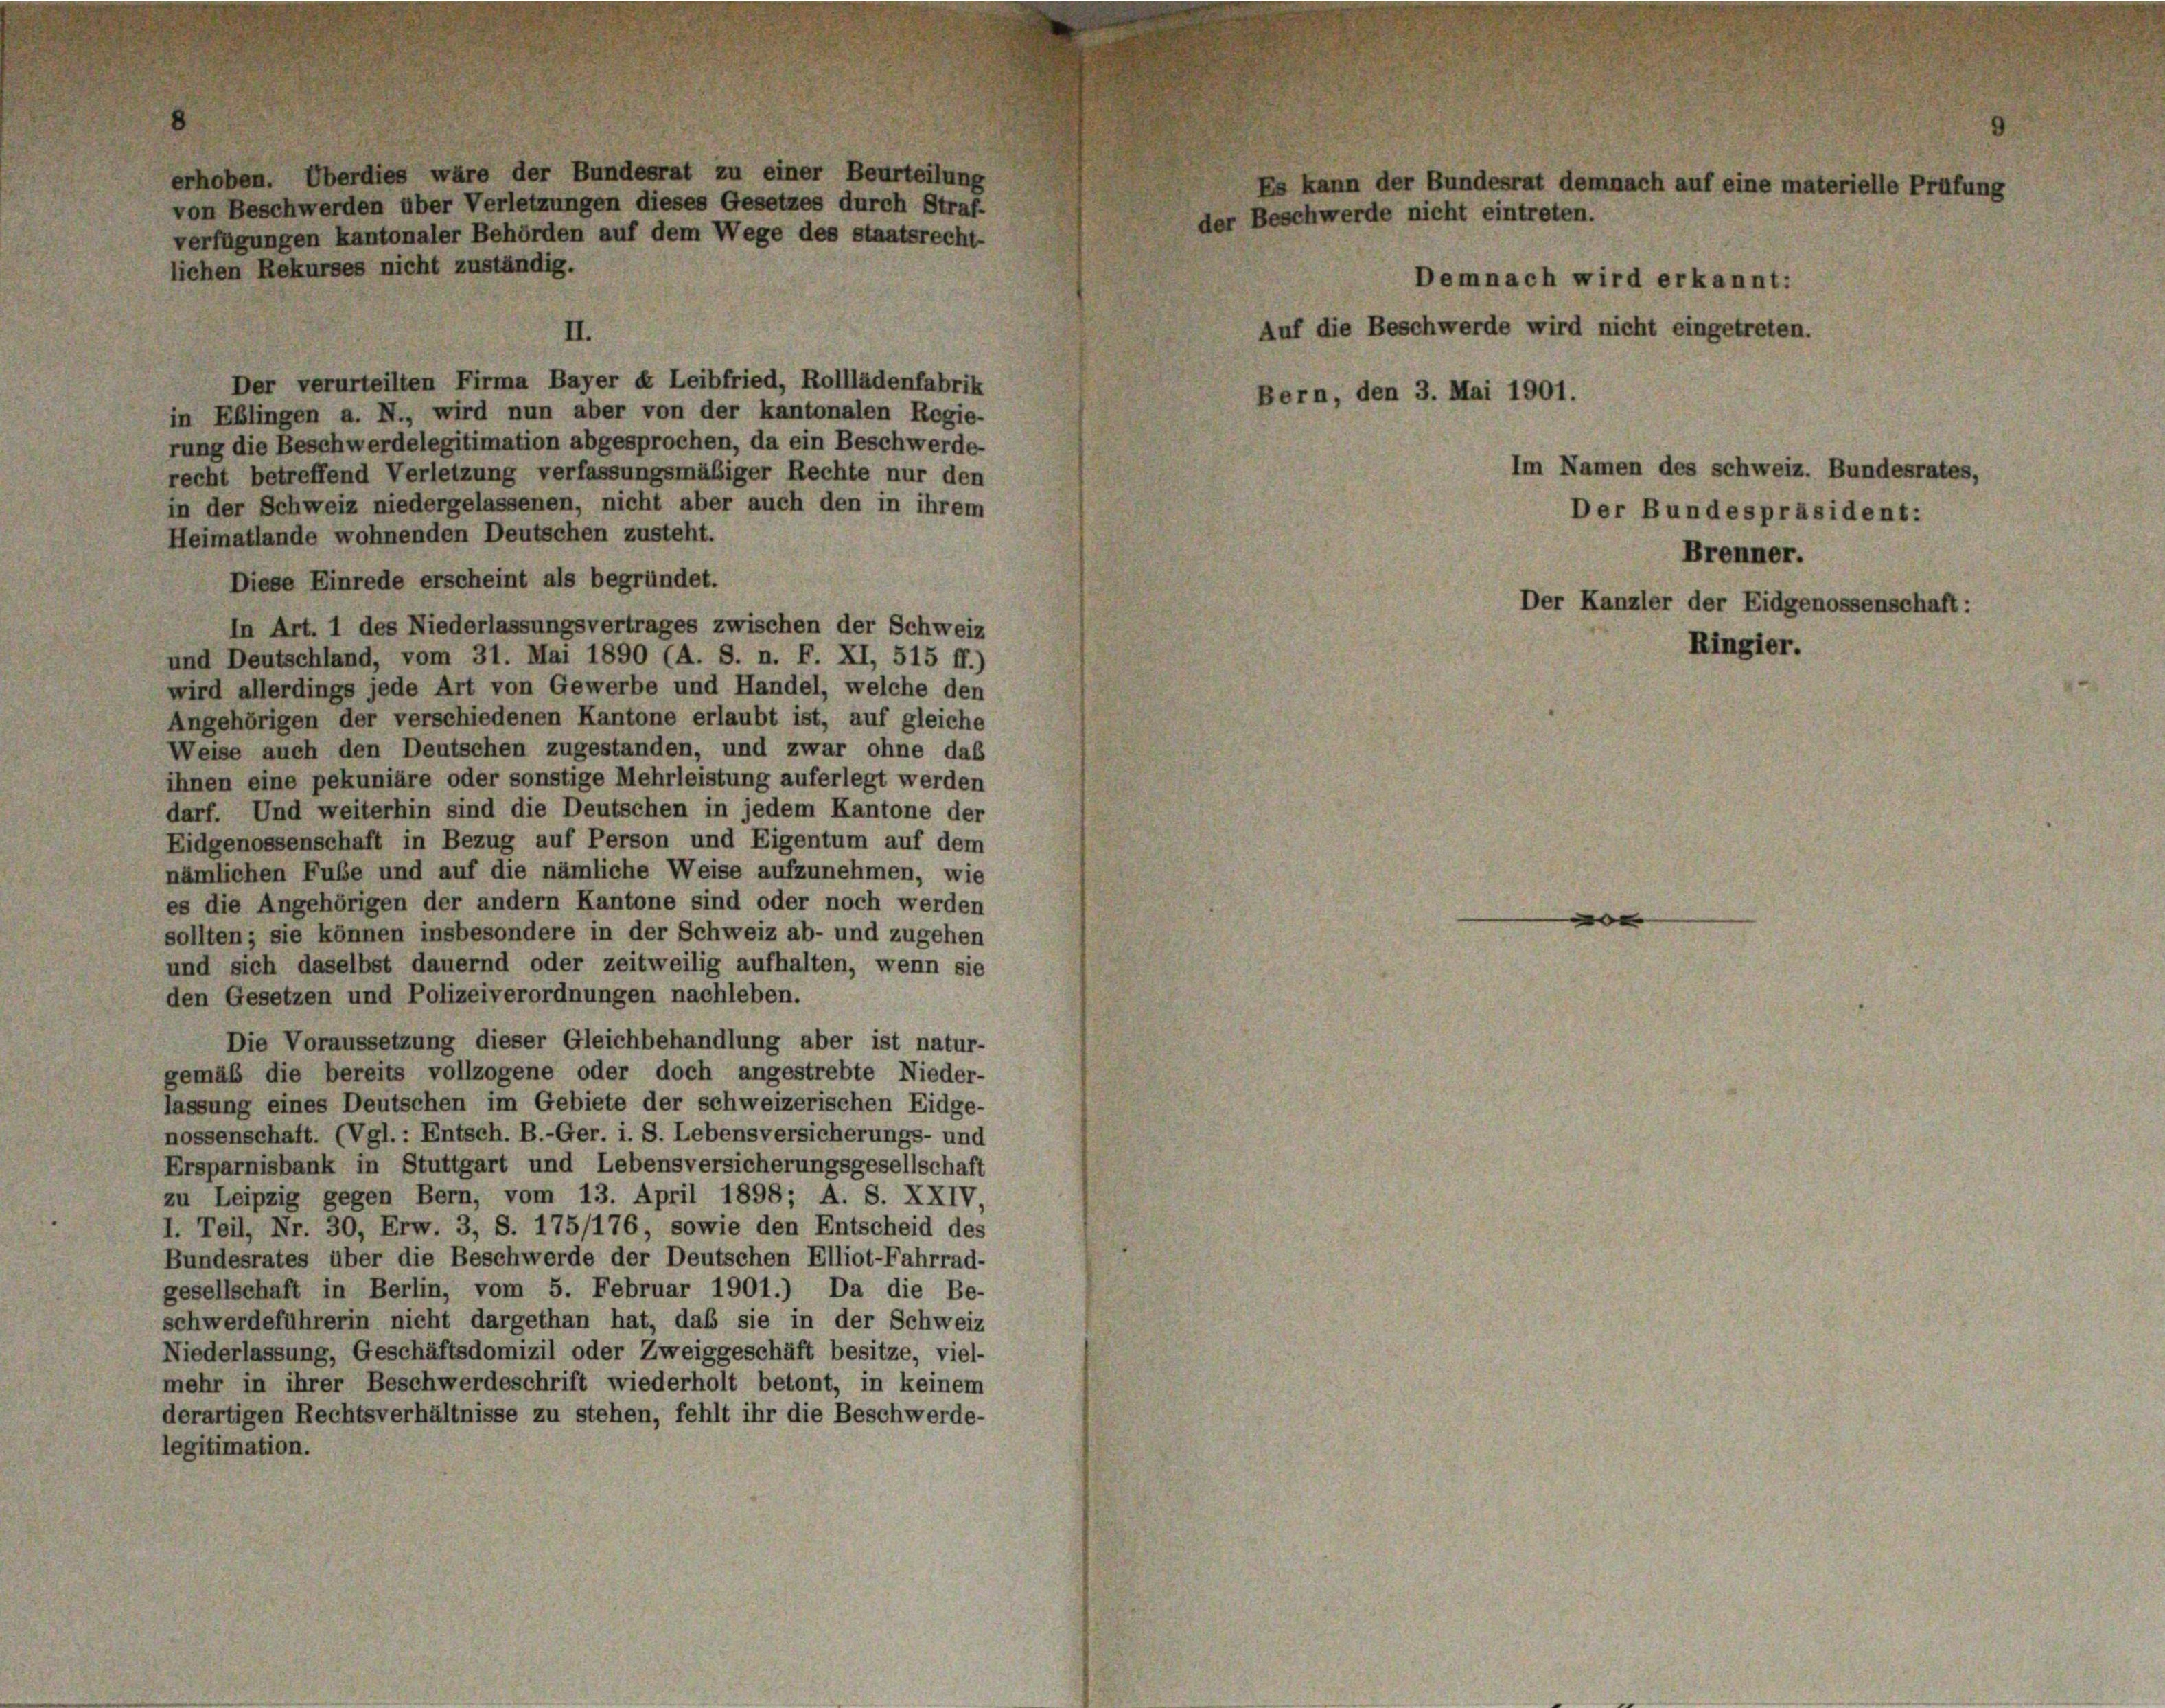
erhoben. Überdies wäre der Bundesrat zu einer Beurteilung
von Beschwerden über Verletzungen dieses Gesetzes durch Straf-
verfügungen kantonaler Behörden auf dem Wege des staatsrecht-
II.
Der verurteilten Firma Bayer « Leibfried, Rolllädenfabrik
in Eßlingen a. N., wird nun aber von der kantonalen Regie-
rung die Beschwerdelegitimation abgesprochen, da ein Beschwerde-
recht betreffend Verletzung verfassungsmäßiger Rechte nur den
in der Schweiz niedergelassenen, nicht aber auch den in ihrem
Heimatlande wohnenden Deutschen zusteht.
Diese Einrede erscheint als begründet.
In Art. 1 des Niederlassungsvertrages zwischen der Schweiz
und Deutschland, vom 31. Mai 1890 (A. S. n. F. XI, 515 ff.)
wird allerdings jede Art von Gewerbe und Handel, welche den
Angehörigen der verschiedenen Kantone erlaubt ist, auf gleiche
Weise auch den Deutschen zugestanden, und zwar ohne das
ihnen eine pekuniäre oder sonstige Mehrleistung auferlegt werden
darf. Und weiterhin sind die Deutschen in jedem Kantone der
Eidgenossenschaft in Bezug auf Person und Eigentum auf dem
nämlichen Fube und auf die nämliche Weise aufzunehmen, wie
es die Angehörigen der andern Kantone sind oder noch werden
sollten; sie können insbesondere in der Schweiz ab- und zugehen
und sich daselbst dauernd oder zeitweilig aufhalten, wenn sie
den Gesetzen und Polizeiverordnungen nachleben.
Die Voraussetzung dieser Gleichbehandlung aber ist natur-
gemäß die bereits vollzogene oder doch angestrebte Nieder-
lassung eines Deutschen im Gebiete der schweizerischen Eidge-
nossenschaft. (Vgl.: Entsch. B.-Ger. i. S. Lebensversicherungs- und
Ersparnisbank in Stuttgart und Lebensversicherungsgesellschaft
zu Leipzig gegen Bern, vom 13. April 1898; A. S. XXIV,
1. Teil, Nr. 30, Erw. 3, S. 175/176, sowie den Entscheid des
Bundesrates über die Beschwerde der Deutschen Elliot-Fahrrad-
gesellschaft in Berlin, vom 5. Februar 1901.) Da die Be-
schwerdeführerin nicht dargethan hat, daß sie in der Schweiz
Niederlassung, Geschäftsdomizil oder Zweiggeschäft besitze, viel-
mehr in ihrer Beschwerdeschrift wiederholt betont, in keinem
derartigen Rechtsverhältnisse zu stehen, fehlt ihr die Beschwerde-
legitimation.

lichen Rekurses nicht zuständig.

Es kann der Bundesrat demnach auf eine s
er Beschwerde nicht eintreten.

Auf die Beschwerde wird nicht eingetreten.
Bern, den 3. Mai 1901.
Im Namen des schweiz. Bundesrates,

Der Bundespräsident:
Brenner.
Der Kanzler der Eidgenossenschaft:

Demnach wird erkannt:

Ringier.

terielle Prüfung